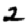
Digit: 2